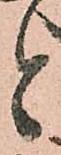
と